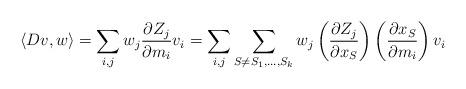
LaTeX: \begin{align*} \langle Dv,w\rangle =\sum_{i,j}w_j\frac{\partial Z_j}{\partial m_{i}}v_i = \sum_{i,j}\sum_{S\neq S_1,\ldots,S_k} w_j \left(\frac{\partial Z_j}{\partial x_S}\right) \left(\frac{\partial x_S}{\partial m_i}\right)v_i\end{align*}